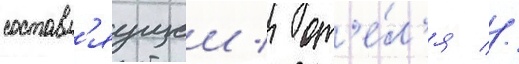
составл'яущеи / от'е́л'я //